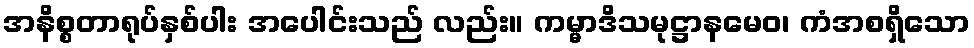
အနိစ္စတာရုပ်နှစ်ပါး အပေါင်းသည် လည်း။ ကမ္မာဒိသမုဋ္ဌာနမေဝ၊ ကံအစရှိသော